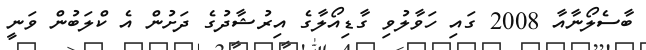
ބާސެލޯނާއާ 2008 ގައި ހަވާލުވި ގާޑިއޯލާގެ އިރުޝާދުގެ ދަށުން އެ ކްލަބުން ވަނީ